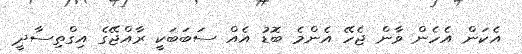
އެކަން އެހެން ވާން ޖެހޭ އެންމެ ބޮޑު އެއް ސަބަބަކީ ރާއްޖޭގެ އިގްތިސާދީ